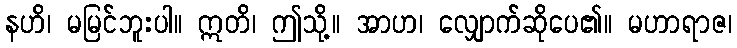
နဟိ၊ မမြင်ဘူးပါ။ ဣတိ၊ ဤသို့။ အာဟ၊ လျှောက်ဆိုပေ၏။ မဟာရာဇ၊